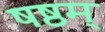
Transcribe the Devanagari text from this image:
षष्ठम्‌